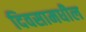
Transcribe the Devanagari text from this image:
दिवसामधील